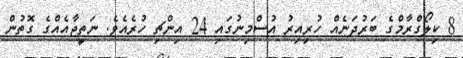
8 ކިލޯގްރާމްގެ ބަރުދަނެއް ހުރިއިރު އުސްމިނުގައި 24 އިންޗި ހުރެއެވެ. ނަތީޖާއެއްގެ ގޮތުން